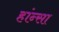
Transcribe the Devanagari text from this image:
हांन्सा